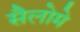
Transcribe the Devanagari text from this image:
सैलोमे